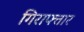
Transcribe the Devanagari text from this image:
गिराफ्तार